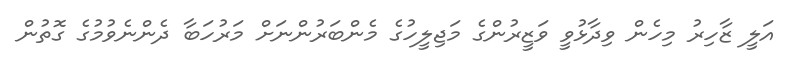
އަލީ ޒާހިރު މިހެން ވިދާޅުވީ ވަޒީރުންގެ މަޖިލީހުގެ މެންބަރުންނަށް މަރުހަބާ ދެންނެވުމުގެ ގޮތުން